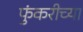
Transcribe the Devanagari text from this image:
फुंकरीच्या